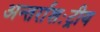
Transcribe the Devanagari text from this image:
अन्तर्राशःट्रीय